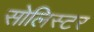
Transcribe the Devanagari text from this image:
सोलिस्टर